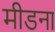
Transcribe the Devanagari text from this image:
मीडना